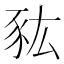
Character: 𧰯